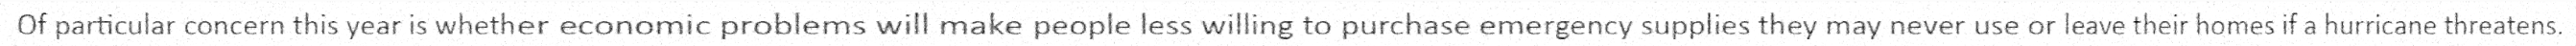
Of particular concern this year is whether economic problems will make people less willing to purchase emergency supplies they may never use or leave their homes if a hurricane threatens.